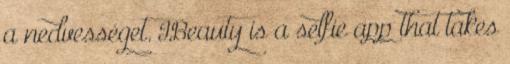
a nedvességet. IBeauty is a selfie app that takes